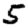
Digit: 5